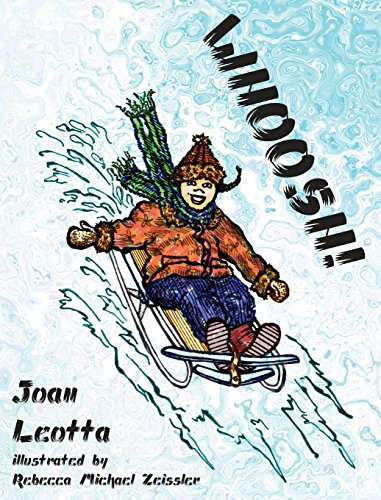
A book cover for WHOOSH!; Joan Leotta; Children's Books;